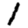
Digit: 1